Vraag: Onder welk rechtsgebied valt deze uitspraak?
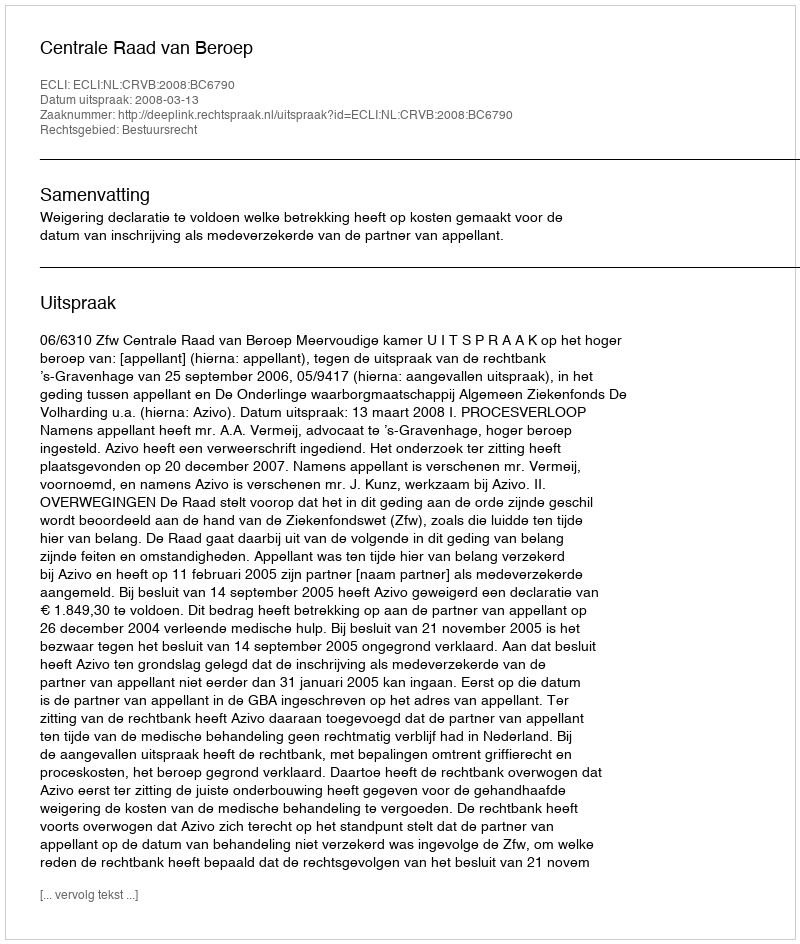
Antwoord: Bestuursrecht